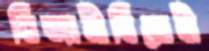
নিজামীবিরোধী